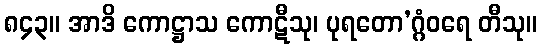
၈၄၃။ အာဒိ ကောဋ္ဌာသ ကောဋီသု၊ ပုရတော’ဂ္ဂံဝရေ တီသု။